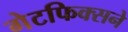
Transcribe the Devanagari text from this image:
गेटफिक्सने